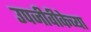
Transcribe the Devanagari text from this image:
उपजीवीकेच्या